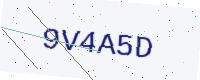
Text: 9V4A5D